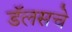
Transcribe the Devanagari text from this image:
डॅलसचे